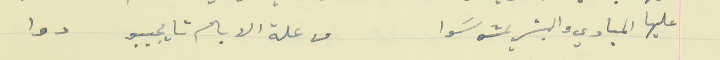
عليها المبادي والبشر يمشو سَوا                                           من علة الايام تايجيبو دوا